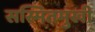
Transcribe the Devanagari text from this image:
सस्मितमुखी